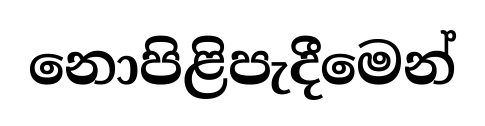
නොපිළිපැදීමෙන්